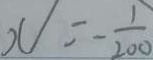
x = - \frac { 1 } { 2 0 0 }